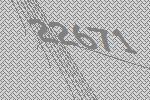
22671